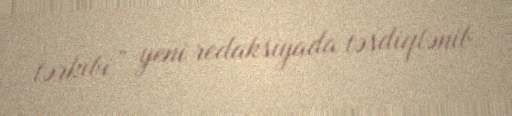
tərkibi” yeni redaksiyada təsdiqlənib.